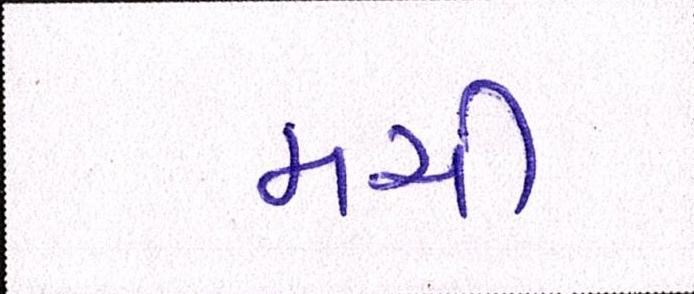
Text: મચી